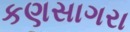
કણસાગરા